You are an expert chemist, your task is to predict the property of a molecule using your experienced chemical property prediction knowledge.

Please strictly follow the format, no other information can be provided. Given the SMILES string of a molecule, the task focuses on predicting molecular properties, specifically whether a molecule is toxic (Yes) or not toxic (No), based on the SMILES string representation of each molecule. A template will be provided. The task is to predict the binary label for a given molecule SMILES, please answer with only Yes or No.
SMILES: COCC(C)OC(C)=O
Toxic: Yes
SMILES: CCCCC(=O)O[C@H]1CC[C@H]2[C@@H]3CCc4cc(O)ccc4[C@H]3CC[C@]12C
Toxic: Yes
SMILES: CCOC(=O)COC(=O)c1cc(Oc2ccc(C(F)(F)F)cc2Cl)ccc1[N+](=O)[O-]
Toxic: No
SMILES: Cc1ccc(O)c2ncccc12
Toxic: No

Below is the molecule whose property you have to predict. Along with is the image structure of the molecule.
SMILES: CCC(COC(=O)c1cc(OC)c(OC)c(OC)c1)(c1ccccc1)N(C)C
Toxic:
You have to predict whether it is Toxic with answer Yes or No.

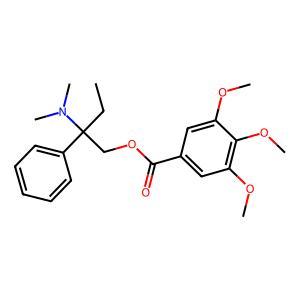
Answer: No